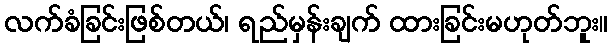
လက်ခံခြင်းဖြစ်တယ်၊ ရည်မှန်းချက် ထားခြင်းမဟုတ်ဘူး။